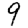
Digit: 9